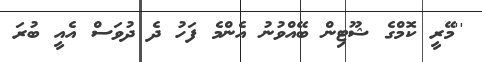
''މޭރީ ކޮމްގެ ޝޫޓިން ބޭއްވުނު އެންމެ ފަހު ދެ ދުވަސް އެއީ ބުރަ